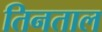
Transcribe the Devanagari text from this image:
तिनताल